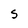
Character: S